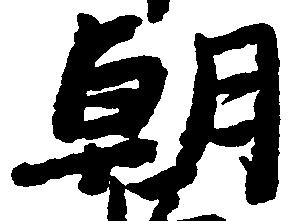
朝